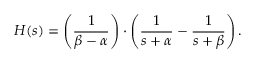
H ( s ) = \left( { \frac { 1 } { \beta - \alpha } } \right) \cdot \left( { \frac { 1 } { s + \alpha } } - { \frac { 1 } { s + \beta } } \right) .